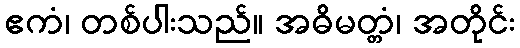
ဧကံ၊ တစ်ပါးသည်။ အဓိမတ္တံ၊ အတိုင်း